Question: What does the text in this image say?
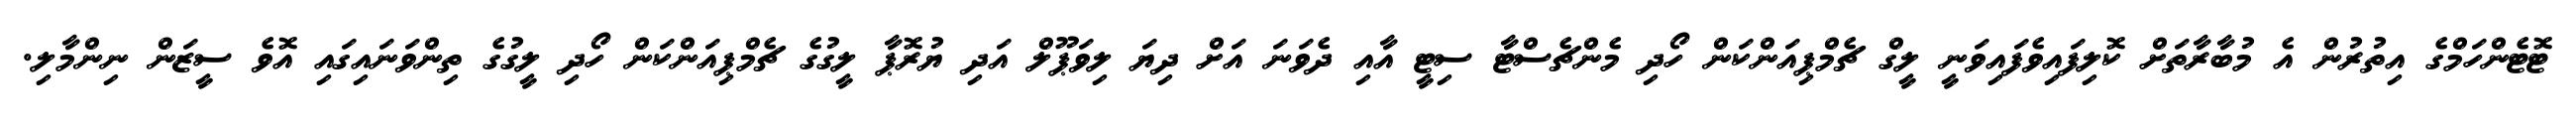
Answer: ޓޮޓެންހަމްގެ އިތުރުން އެ މުބާރާތަށް ކޮލިފައިވެފައިވަނީ ލީގް ޗެމްޕިއަންކަން ހޯދި މެންޗެސްޓާ ސިޓީ އާއި ދެވަނަ އަށް ދިޔަ ލިވަޕޫލް އަދި ޔުރޮޕާ ލީގުގެ ޗެމްޕިއަންކަން ހޯދި ލީގުގެ ތިންވަނައިގައި އޮވެ ސީޒަން ނިންމާލި.